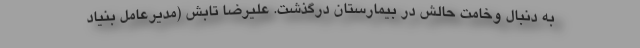
به دنبال وخامت حالش در بیمارستان درگذشت. علیرضا تابش (مدیرعامل بنیاد